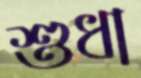
শুধা